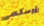
رؤوسكم